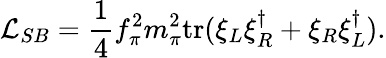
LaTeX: {\cal L}_{SB}={\frac{1}{4}}f_{\pi}^{2}m_{\pi}^{2}\mathrm{tr}(\xi_{L}\xi_{R}^{\dagger}+\xi_{R}\xi_{L}^{\dagger}).